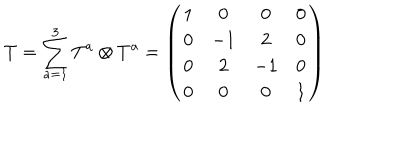
T = \sum _ { a = 1 } ^ { 3 } T ^ { a } \otimes T ^ { a } = \left( \begin{array} { c c c c } { { 1 } } & { { 0 } } & { { 0 } } & { { 0 } } \\ { { 0 } } & { { - 1 } } & { { 2 } } & { { 0 } } \\ { { 0 } } & { { 2 } } & { { - 1 } } & { { 0 } } \\ { { 0 } } & { { 0 } } & { { 0 } } & { { 1 } } \\ \end{array} \right)